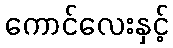
ကောင်လေးနှင့်